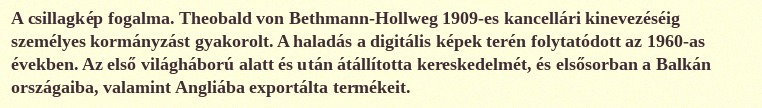
A csillagkép fogalma. Theobald von Bethmann-Hollweg 1909-es kancellári kinevezéséig személyes kormányzást gyakorolt. A haladás a digitális képek terén folytatódott az 1960-as években. Az első világháború alatt és után átállította kereskedelmét, és elsősorban a Balkán országaiba, valamint Angliába exportálta termékeit.